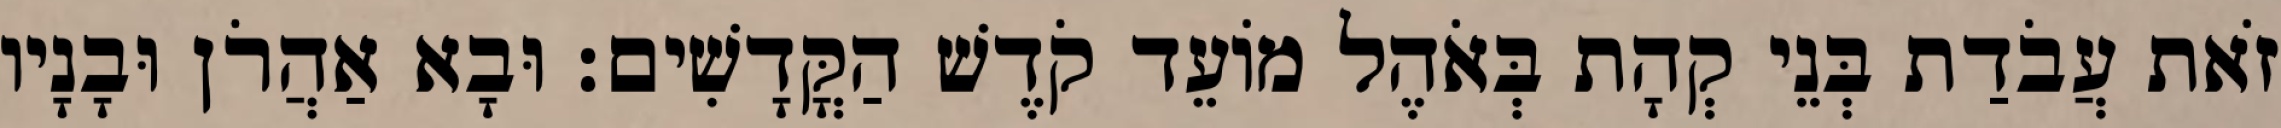
זֹאת עֲבֹדַת בְּנֵי קְהָת בְּאֹהֶל מוֹעֵד קֹדֶשׁ הַקֳּדָשִׁים׃ וּבָא אַהֲרֹן וּבָנָיו